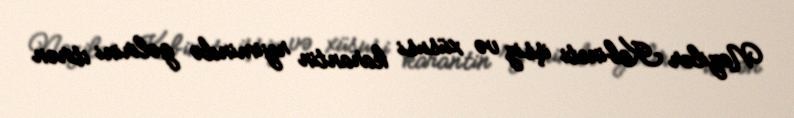
Nazilər Kabineti işsiz və xüsusi karantin rejimində gəlirini itirən